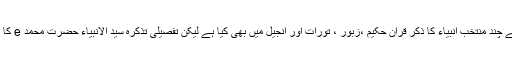
اللہ تعالیٰ نے چند منتخب انبیاء کا ذکر قرآن حکیم ،زبور ، تورات اور انجیل میں بھی کیا ہے لیکن تفصیلی تذکرہ سید الانبیاء حضرت محمد e کا کیا گیا ہے۔